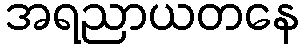
အရညာယတနေ